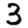
Digit: 3